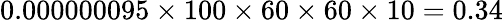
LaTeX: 0.000000095\times 100\times 60\times 60\times 10=0.34